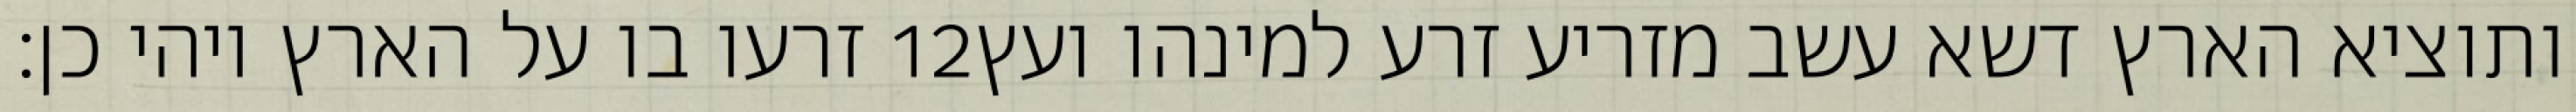
זרעו בו על הארץ ויהי כן׃ ‎12‏ ותוציא הארץ דשא עשב מזריע זרע למינהו ועץ